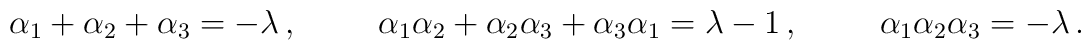
\alpha_1+\alpha_2+\alpha_3 =-\lambda\, ,\hspace{1cm}\alpha_1\alpha_2+\alpha_2\alpha_3+\alpha_3\alpha_1 =\lambda -1 \, ,\hspace{1cm}\alpha_1\alpha_2\alpha_3 = -\lambda \, .